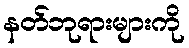
နတ်ဘုရားများကို